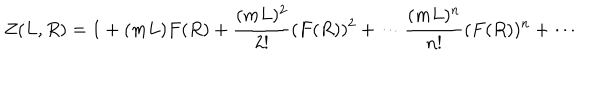
Z ( L , R ) = 1 + ( m L ) F ( R ) + \frac { ( m L ) ^ { 2 } } { 2 ! } ( F ( R ) ) ^ { 2 } + \cdots \frac { ( m L ) ^ { n } } { n ! } ( F ( R ) ) ^ { n } + \cdots